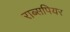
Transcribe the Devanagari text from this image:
राब्सपियर